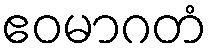
ဧဝမာဂတံ